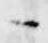
々